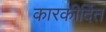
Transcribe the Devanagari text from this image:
कारकीर्दित